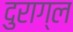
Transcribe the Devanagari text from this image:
दुराग्ल